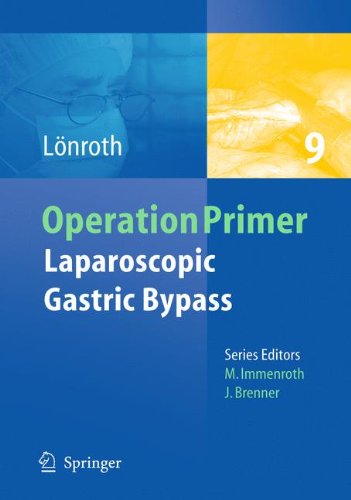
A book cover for Laparoscopic Gastric Bypass (Operation Primers); Hans LÃ¶nroth; Medical Books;